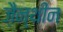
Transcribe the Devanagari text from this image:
ज़ैन्थीन